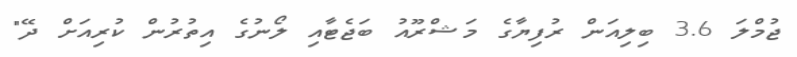
ޖުމްލަ 3.6 ބިލިއަން ރުފިޔާގެ މަޝްރޫއު ބަޖެޓާއި ލޯނުގެ އިތުރުން ކުރިއަށް ދޭ"